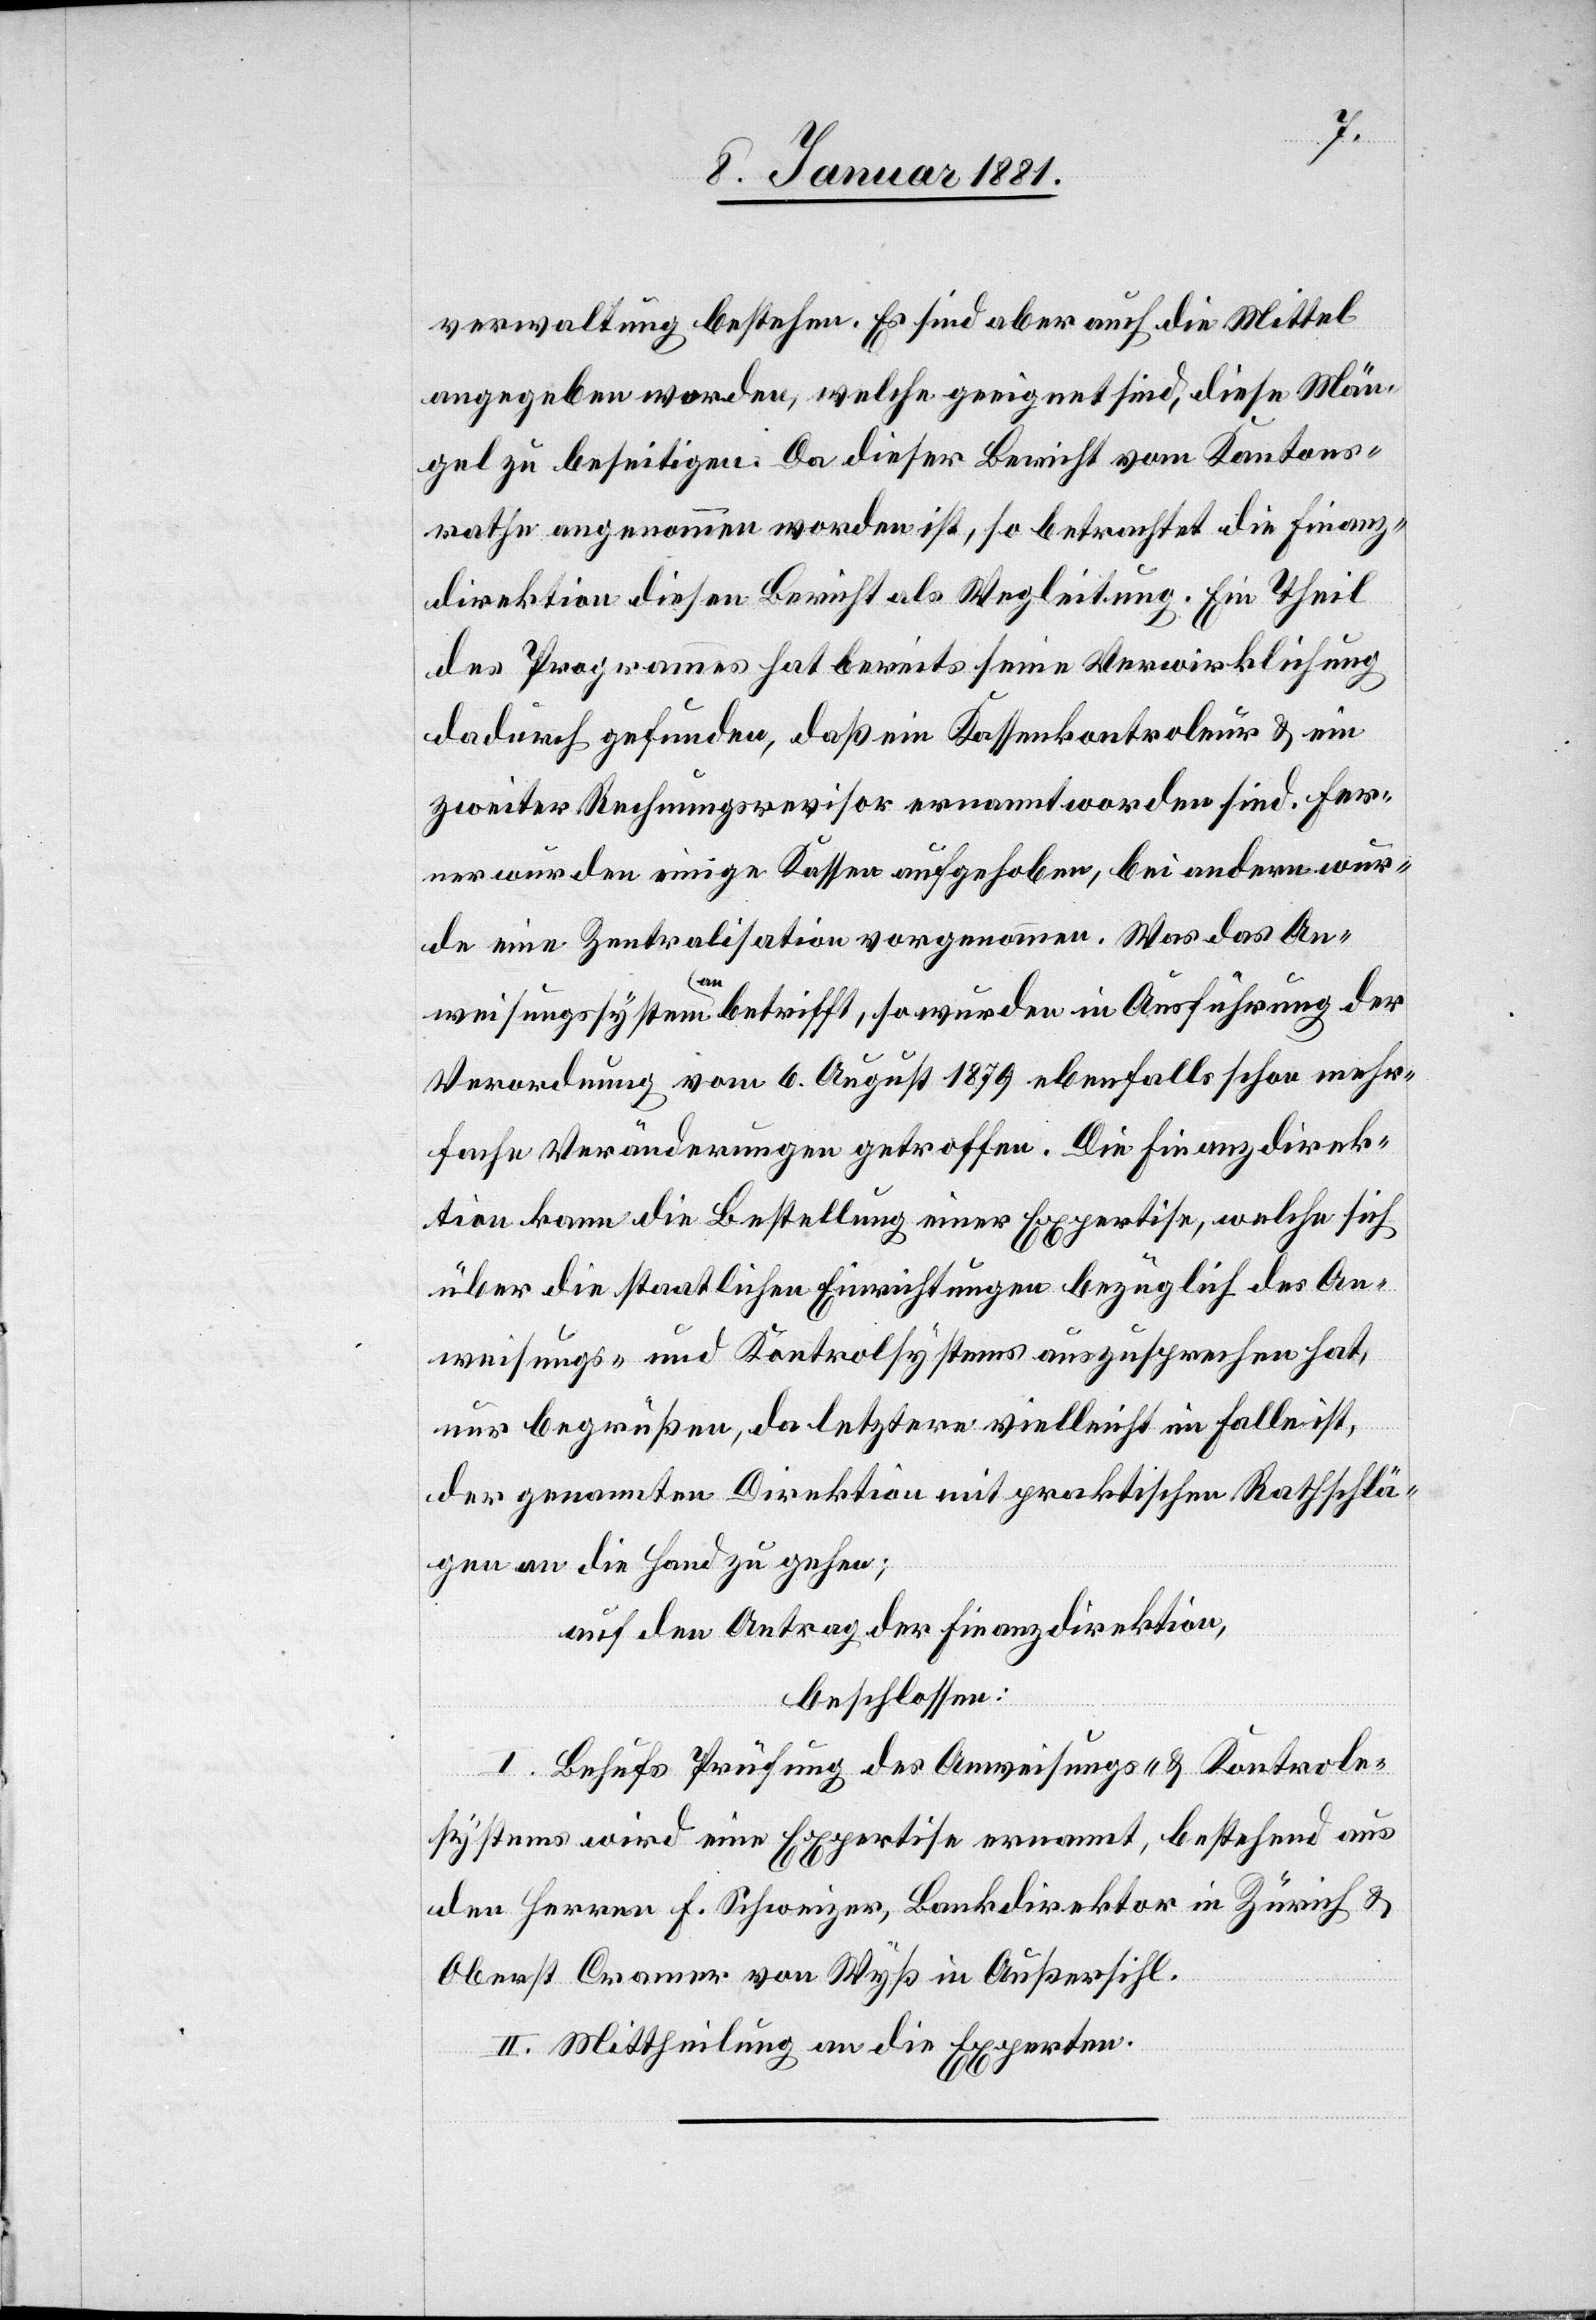
verwaltung bestehen. Es sind aber auch die Mittel
angegeben worden, welche geeignet sind, diese Män¬
gel zu beseitigen. Da dieser Bericht vom Kantons¬
rathe angenommen worden ist, so betrachtet die Finanz¬
direktion diesen Bericht als Wegleitung. Ein Theil
des Programmes hat bereits seine Verwirklichung
dadurch gefunden, daß ein Kassenkontroleur & ein
zweiter Rechnungsrevisor ernannt worden sind. Fer¬
ner wurden einige Kassen aufgehoben, bei andern wur¬
de eine Zentralisation vorgenommen. Was das An¬
weisungssystem anbetrifft, so wurden in Ausführung der
Verordnung vom 6. August 1879 ebenfalls schon mehr¬
fache Veränderungen getroffen. Die Finanzdirek¬
tion kann die Bestellung einer Expertise, welche sich
über die staatlichen Einrichtungen bezüglich des An¬
weisungs- und Kontrolsystems auszusprechen hat,
nur begrüßen, da letztere vielleicht im Falle ist,
der genannten Direktion mit praktischen Rathschlä¬
gen an die Hand zu gehen;
auf den Antrag der Finanzdirektion,
beschlossen:
I. Behufs Prüfung des Anweisungs- & Kontrole¬
systems wird eine Expertise ernannt, bestehend aus
den Herren F. Schweizer, Bankdirektor in Zürich &
Oberst Cramer von Wyß in Außersihl.
II. Mittheilung an die Experten.